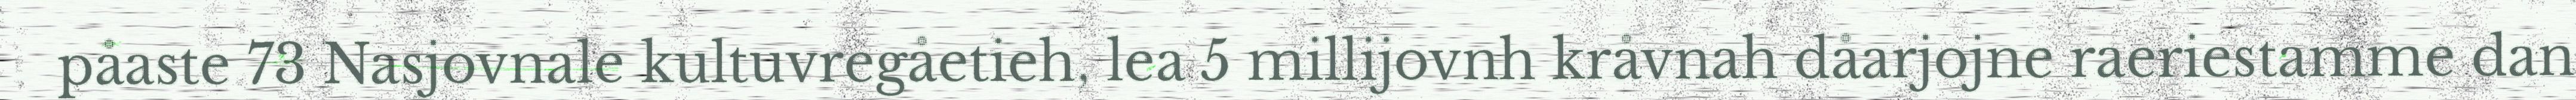
påaste 73 Nasjovnale kultuvregåetieh, lea 5 millijovnh kråvnah dåarjojne raeriestamme dan